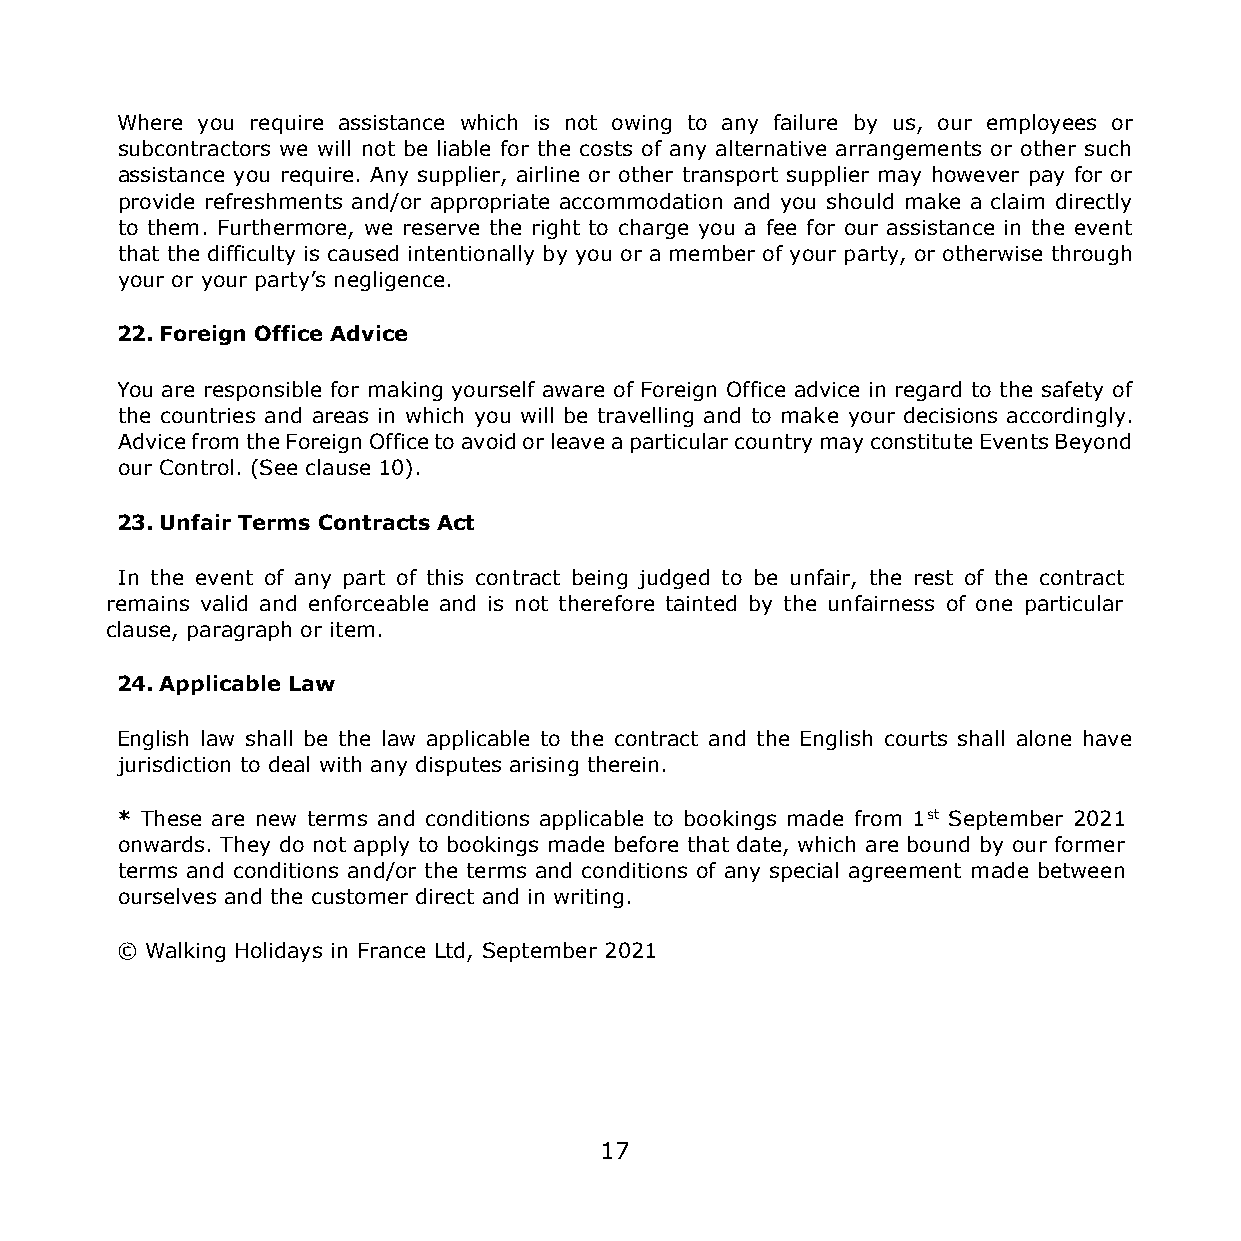
Where you require assistance which is not owing to any failure by us, our employees or
 subcontractors we will not be liable for the costs of any alternative arrangements or other such
 assistance you require. Any supplier, airline or other transport supplier may however pay for or
 provide refreshments and/or appropriate accommodation and you should make a claim directly
 to them. Furthermore, we reserve the right to charge you a fee for our assistance in the event
 that the difficulty is caused intentionally by you or a member of your party, or otherwise through
 your or your party’s negligence.
 22. Foreign Office Advice
 You are responsible for making yourself aware of Foreign Office advice in regard to the safety of
 the countries and areas in which you will be travelling and to make your decisions accordingly.
 Advice from the Foreign Office to avoid or leave a particular country may constitute Events Beyond
 our Control. (See clause 10).
 23. Unfair Terms Contracts Act
 In the event of any part of this contract being judged to be unfair, the rest of the contract
 remains valid and enforceable and is not therefore tainted by the unfairness of one particular
 clause, paragraph or item.
 24. Applicable Law
 English law shall be the law applicable to the contract and the English courts shall alone have
 jurisdiction to deal with any disputes arising therein.
 * These are new terms and conditions applicable to bookings made from 1st September 2021
 onwards. They do not apply to bookings made before that date, which are bound by our former
 terms and conditions and/or the terms and conditions of any special agreement made between
 ourselves and the customer direct and in writing.
 © Walking Holidays in France Ltd, September 2021
 17